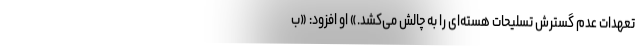
تعهدات عدم گسترش تسلیحات هسته‌ای را به چالش می‌کشد.» او افزود: «ب